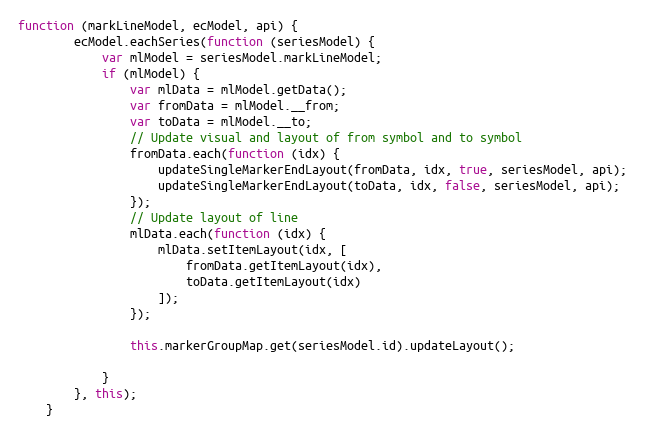
Language: JavaScript
function (markLineModel, ecModel, api) {
        ecModel.eachSeries(function (seriesModel) {
            var mlModel = seriesModel.markLineModel;
            if (mlModel) {
                var mlData = mlModel.getData();
                var fromData = mlModel.__from;
                var toData = mlModel.__to;
                // Update visual and layout of from symbol and to symbol
                fromData.each(function (idx) {
                    updateSingleMarkerEndLayout(fromData, idx, true, seriesModel, api);
                    updateSingleMarkerEndLayout(toData, idx, false, seriesModel, api);
                });
                // Update layout of line
                mlData.each(function (idx) {
                    mlData.setItemLayout(idx, [
                        fromData.getItemLayout(idx),
                        toData.getItemLayout(idx)
                    ]);
                });

                this.markerGroupMap.get(seriesModel.id).updateLayout();

            }
        }, this);
    }